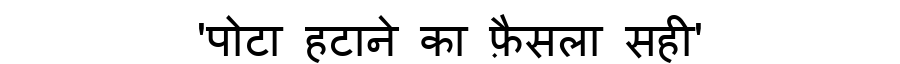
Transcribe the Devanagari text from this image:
'पोटा हटाने का फ़ैसला सही'